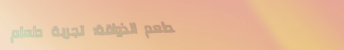
مطعم الذواقة: تجربة طعام